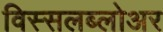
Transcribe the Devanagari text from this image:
विस्सलब्लोअर